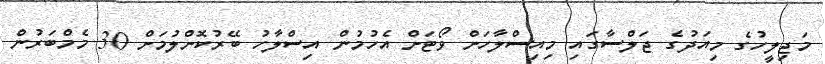
މަޖިލީހުގެ މިއަދުގެ ޖަލްސާގައި މިއިސްލާހަށް ވޯޓަށް އެހުމުން އިސްލާހު ބޭރުކޮށްލުމަށް 30 މެމްބަރުން